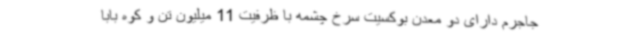
جاجرم دارای دو معدن بوکسیت سرخ چشمه با ظرفیت 11 میلیون تن و کوه بابا